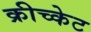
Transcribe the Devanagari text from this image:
क्रीच्केट